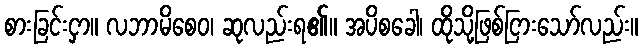
စားခြင်းငှာ။ လဘာမိစေဝ၊ ဆုလည်းရ၏။ အပိစခေါ၊ ထိုသို့ဖြစ်ငြားသော်လည်း။